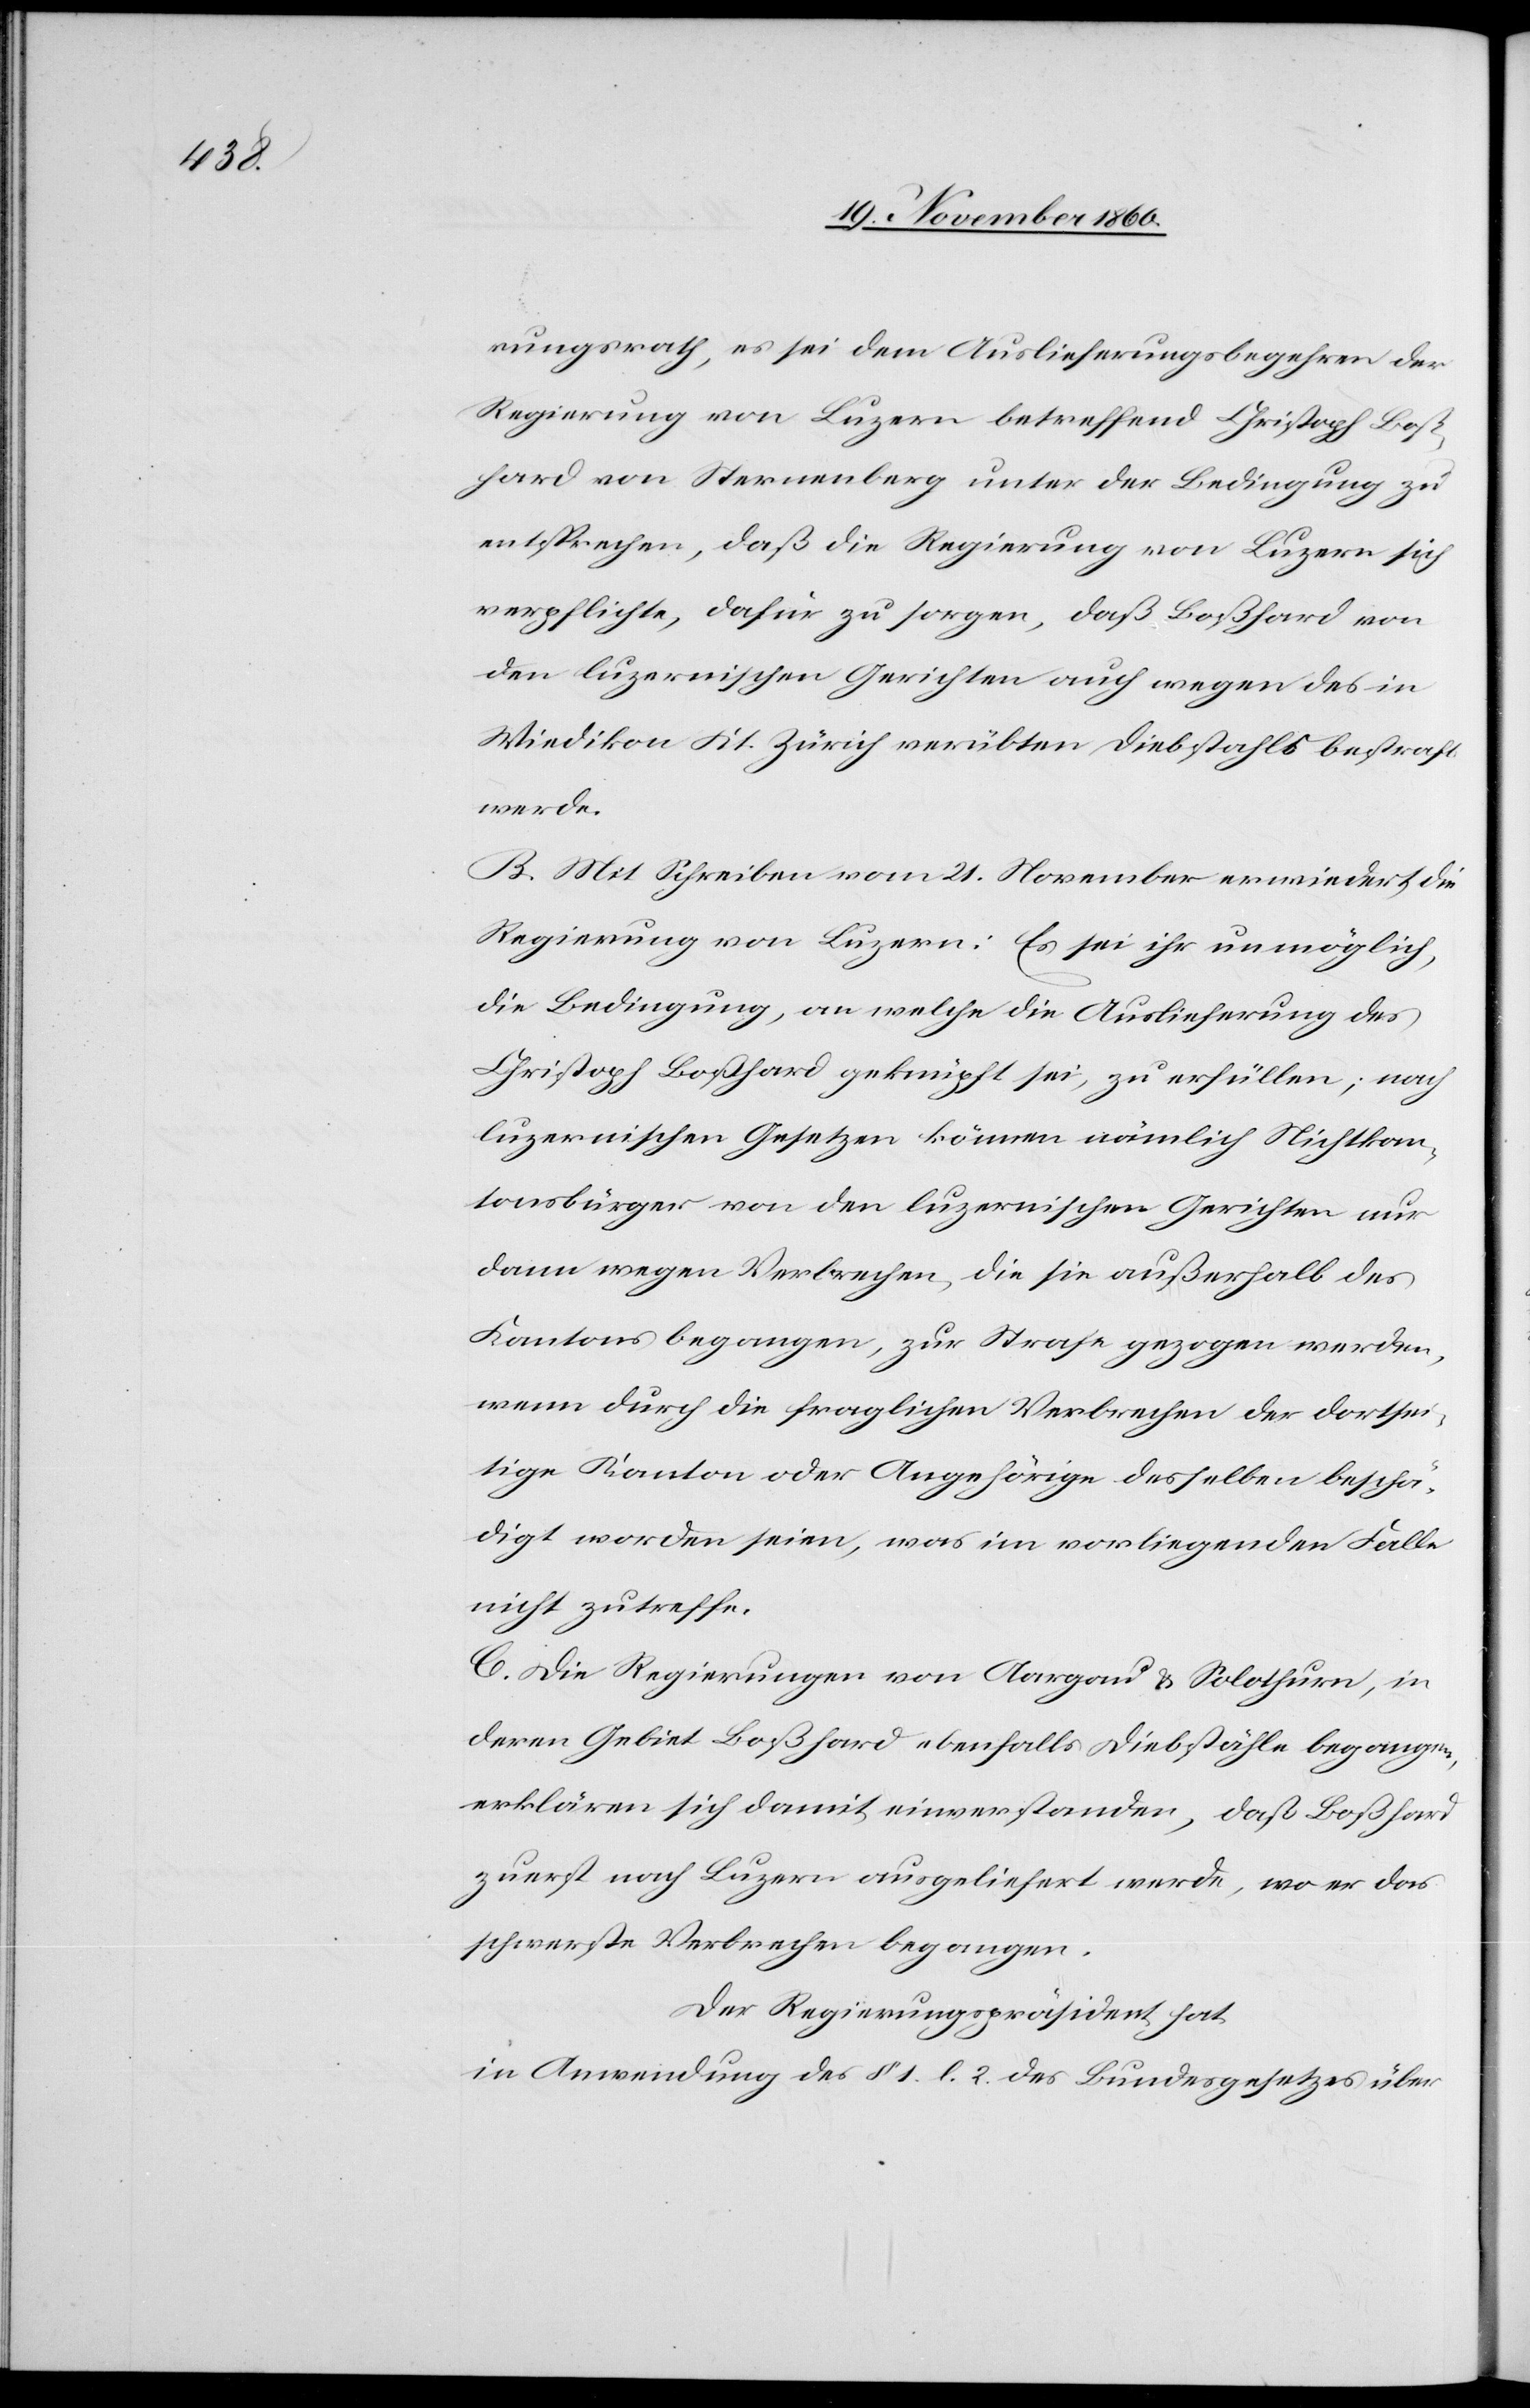
rungsrath, es sei dem Auslieferungsbegehren der
Regierung von Luzern betreffend Christoph Boß¬
hard von Sternenberg unter der Bedingung zu
entsprechen, daß die Regierung von Luzern sich
verpflichte, dafür zu sorgen, daß Boßhard von
den luzernischen Gerichten auch wegen des in
Wiedikon Kt. Zürich verübten Diebstahls bestraft
werde.
B. Mit Schreiben vom 21. November erwiedert die
Regierung von Luzern: Es sei ihr unmöglich,
die Bedingung, an welche die Auslieferung des
Christoph Boßhard geknüpft sei, zu erfüllen; nach
luzernischen Gesetzen können nämlich Nichtkan¬
tonsbürger von den luzernischen Gerichten nur
dann wegen Verbrechen, die sie außerhalb des
Kantons begangen, zur Strafe gezogen werden,
wenn durch die fraglichen Verbrechen der dortsei¬
tige Kanton oder Angehörige desselben beschä¬
digt worden seien, was im vorliegenden Falle
nicht zutreffe.
C. Die Regierungen von Aargau u. Solothurn, in
deren Gebiet Boßhard ebenfalls Diebstähle begangen,
erklären sich damit einverstanden, daß Boßhard
zuerst nach Luzern ausgeliefert werde, wo er das
schwerste Verbrechen begangen.
Der Regierungspräsident hat,
in Anwendung des § 1 l. 2 des Bundesgesetzes über